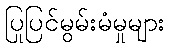
ပြုပြင်မွမ်းမံမှုများ